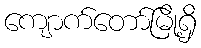
ကျောက်တော်မြို့ရှိ